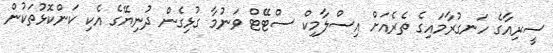
ސީރިއާގެ ހަނގުރާމައިގެ ތެރެއަށް އިސްލާމިކް ސްޓޭޓް ވަނުމާ ގުޅިގެން ދުނިޔޭގެ އެކި ކަންކޮޅުތަކުން